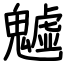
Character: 魖